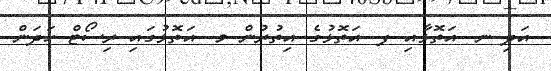
އަދި ނ. އަތޮޅާއި ފ. އަތޮޅުގެ އިތުރުން މ. އަތޮޅުގައި ރިސޯޓް ހަދަން